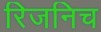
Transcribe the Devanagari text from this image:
रिजनिच